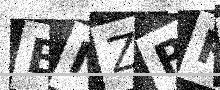
Text: ENZRRD